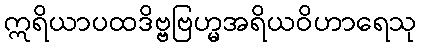
ဣရိယာပထဒိဗ္ဗဗြဟ္မအရိယဝိဟာရေသု